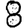
Digit: 8